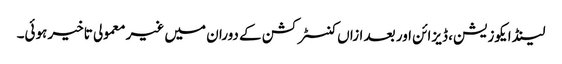
لینڈ ایکوزیشن، ڈیزائن اور بعد ازاں کنسٹرکشن کے دوران میں غیر معمولی تاخیر ہوئی۔